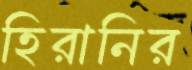
হিরানির